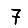
Digit: 7